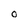
Character: O